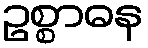
ဥစ္စာဓန